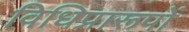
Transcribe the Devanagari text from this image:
विधिप्रारूपों